Lunatic asylums Bombay report 1878-1890 - 1878-1890
Year: 1878
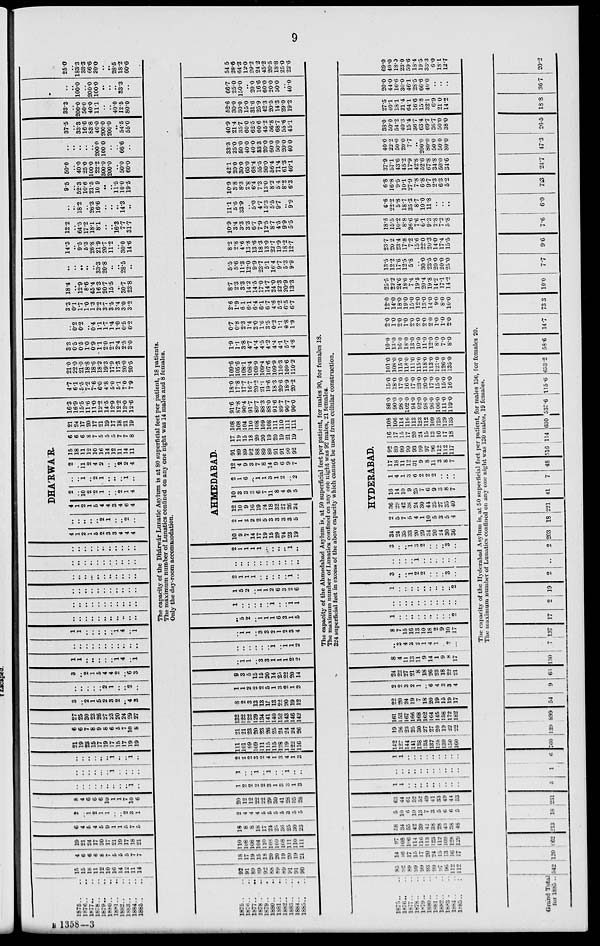
9
1875 .. ..
1876 .. ..
1877 .. ..
1878 .. ..
1879 .. ..
1880 .. ..
1881 .. ..
1882 .. ..
l883 .. ..
1884 .. ..
1885 .. ..
15
15
18
11
12
10
16
14
12
11
14
4
6
6
6
8
7
5
5
5
7
7
19
21
24
17
20
17
21
19
17
18
21
6
4
5
4
5
9
1
1
5
7
5
2
..
1
2
1
1
..
..
2
3
1
8
4
6
6
6
10
1
1
7
10
6
..
..
..
..
..
..
..
..
..
..
..
..
..
..
..
...
..
1 ..
..
..
..
..
..
..
..
..
..
l
..
..
1
..
21
19
23
15
17
19
17
15
17
19
19
6
6
7
8
9
8
6
5
7
10
8
27
25
30
23
26
27
23
20
24
29
27
3
..
2
1
5
2
3
2
.. 4
3
..
..
..
..
..
2
1
..
.. 2
..
3
..
2
1
5
4
4
2
..
6
3
1
1
..
..
..
..
..
1
4
..
1
..
..
..
..
..
..
..
..
..
..
..
1
1
..
..
..
..
..
1
4
..
1
..
..
..
..
..
..
..
..
..
..
..
..
..
..
..
..
..
..
..
..
..
..
..
..
..
..
..
..
..
..
..
..
..
..
..
..
..
..
..
..
..
..
..
..
..
..
..
..
..
..
..
..
..
..
..
..
..
..
..
..
..
..
..
..
..
..
4
1
2
1
5
2
3
3
4
4
4
..
..
..
..
..
2
1
..
.. 2
..
DHÁRWÁR.
4
1
2
1
5
4
4
3
4
6
4
2
..
10
2
2
1
..
..
2
1
4
..
..
1
..
2
1
..
..
..
1
..
2
..
11
2
4
2
..
..
2
2
4
15
18
11
12
10
16
14
12
11
14
11
6
6
6
8
7
5
5
5
7
7
8
21
24
17
20
17
21
19
17
18
21
19
16.3
16.9
15.5
11.6
11.0
12.2
14.5
12.9
12.2
13.0
12.6
4.7
6.1
5.5
7.2
7.6
6.0
4.8
5.0
5.1
7.0
7.9
21.0
22.0
21.0
18.8
18.6
18.2
19.3
17.9
17.3
20.0
20.5
3.3
0.5
0.5
1.0
0.9
1.1
2.0
2.1
2.4
2.5
3.0
..
0.2
0.2
..
0.4
1.1
1.7
1.4
1.0
0.5
0.2
3.3
0.1
1.7
1.0
1.3
2.2
3.7
3.5
3.4
3.0
3.2
18.4
..
12.9
8.6
45.4
16.3
20.7
15.5
..
30.7
23.8
..
..
..
..
..
33.3
20.8
..
..
28.5
..
14.3
..
9.5
5.3
26.8
21.9
20.7
11.2
..
30.0
14.6
12.2
..
64.5
17.2
18.1
8.1
..
..
16.3
7.7
31.7
..
..
18.2
..
26.3
16.6
..
..
..
14.3
..
9.5
..
52.3
10.6
21.5
10.9
..
..
11.5
10.0
19.5
50.0
..
40.0
25.0
100.0
22.2
300.0
200.0
..
50.0
60.0
..
..
..
..
..
200.0
100.0
..
..
66.6
..
37.5
..
33.3
16.6
83.8
40.0
200.0
200.0
..
54.5
55.0
33.3
..
200.0
50.0
40.0
11.1
..
..
40.0
12.5
80.0
..
..
100.0
..
200.0
100.0
..
..
..
33.3
..
25.0
..
183.3
33.3
66.6
20.0
..
..
28.5
18.2
60.6
The capacity of the Dhárwár Lunatic Asylum is at 80 superficial feet per patient, 18 patients.
The maximum number of Lunatics confined on any one night was 14 males and 8 females.
Only the day-room accommodation.
1875 .. ..
1876 .. ..
1877 .. ..
1878 .. ..
1879 .. ..
1880 .. ..
1881 .. ..
1882 .. ..
1883
..
..
1884 .. ..
1885 .. ..
92
91
89
89
92
88
89
89
91
91
90
18
17
19
15
18
20
20
19
20
19
21
110
108
108
104
110
108
109
108
111
110
111
18
8
8
18
17
24
25
36
25
30
23
2
4
4
4
5
5
5
5
3
5
5
20
12
12
22
22
29
30
41
28
35
28
1
2
2
2
2
3
1
3
3
1
3
1
..
..
1
..
1
..
..
1
..
..
2
2
2
3
2
4
1
3
4
1
3
111
101
99
109
111
115
115
128
119
122
116
21
21
23
20
23
26
25
24
24
24
26
132
122
122
129
134
141
140
152
143
146
142
8
2
3
13
13
15
13
22
20
19
12
1
1
2
2
2
5
1
3
2
1
2
9
3
5
15
15
20
14
25
22
20
14
..
1
1
..
3
3
1
1
1
2
2
..
..
..
..
..
..
1
..
1
1
2
..
1
1
..
3
3
2
1
2
3
4
..
5
2
..
1
1
1
6
3
1
5
1
..
..
..
..
..
1
..
..
1
1
1
5
2
..
1
1
2
6
3
2
6
2
1
1
1
..
..
..
..
..
1
..
..
..
..
..
..
..
..
..
..
..
..
2
1
1
1
1
..
..
..
..
1
..
AHMEDABAD.
10
9
7
14
17
19
15
29
24
23
19
2
1
2
2
2
5
3
3
3
3
5
12
10
9
16
19
24
18
32
27
26
24
10
3
3
3
6
7
11
8
4
9
5
2
1
6
..
1
1
3
1
2
..
2
12
4
9
3
7
8
14
9
6
9
7
91
89
89
92
88
89
89
91
91
90
92
17
19
15
18
20
20
19
20
19
21
19
108
108
104
110
108
109
108
111
110
111
111
91.6
87.8
90.4
91.7
89.7
88.3
88.0
91.6
89.7
90.7
90.0
18.0
17.8
17.7
16.7
20.2
21.1
19.6
18.3
206
18.9
20.2
109.6
105.6
108.1
108.4
109.9
109.4
107.6
109.9
110.3
109.6
110.2
1.9
1.1
3.8
4.7
4.4
4.5
4.2
4.4
4.1
5.7
4.8
0.7
0.8
2.3
1.4
2.0
1.6
3.5
0.2
1.1
0.8
1.9
2.6
1.9
6.1
6.1
6.4
6.1
6.7
4.6
5.2
6.5
6.7
8.7
2.3
3.3
14.2
14.5
17.0
14.7
24.0
22.3
20.9
13.3
5.5
5.6
11.3
12.0
9.9
23.7
5.1
16.4
9.7
5.3
9.9
8.2
2.8
4.6
13.8
13.6
18.3
13.0
22.7
19.9
18.2
12.7
10.9
3.4
3.3
3.3
6.7
7.9
12.5
8.7
4.5
9.9
5.5
11.1
5.6
33.9
..
5.0
4.7
15.3
5.5
9.7
..
9.9
10.9
3.8
8.3
2.8
6.4
7.3
13.0
8.2
5.4
8.2
6.3
42.1
20.0
30.0
65.0
68.4
55.5
50.0
56.4
71.4
61.3
46.1
33.3
25.0
50.0
40.0
40.0
83.3
20.0
60.0
50.0
20.0
40.0
40.9
21.4
35.7
60.0
62.5
60.6
45.2
56.8
68.7
55.6
45.1
52.6
30.0
30.0
15.0
31.6
25.9
42.3
20.5
14.3
29.0
19.2
66.7
25.0
150.0
..
20.0
16.6
60.0
20.0
50.0
..
40.0
54.5
28.6
64.3
12.0
29.2
24.2
45.2
20.5
18.8
25.0
22.6
The capacity of the Ahmedabad Asylum is, at 50 superficial feet per patient, for males 90, for females 18.
The maximum number of Lunatics confined on any one night was 92 males, 21 females.
324 superficial feet in excess of the above capacity which cannot be used from cellular construction.
1875 .. ..
1876 .. ..
1877 .. ..
1878 .. ..
1879 .. ..
1880 .. ..
1881 .. ..
1882 .. ..
1883 .. ..
1884 .. ..
1885 .. ..
83
92
89
99
99
93
99
97
96
112
112
14
16
17
15
17
20
24
15
13
16
17
97
108
106
114
116
113
123
112
109
128
129
58
34
55
42
39
42
38
28
43
38
48
5
10
6
10
13
7
3
5
6
6
5
63
44
61
52
52
49
41
33
49
44
53
1
1
..
..
..
..
..
..
..
..
..
..
..
..
..
..
..
..
..
..
..
..
1
1
..
..
..
..
..
..
..
..
..
142
127
144
141
138
135
137
125
139
150
160
19
26
23
25
30
27
27
20
19
22
22
161
153
167
166
168
162
164
145
158
172
182
22
20
24
19
7
18
20
19
15
19
17
2
2
3
2
1
..
6
4
3
3
4
24
22
27
21
8
18
26
23
18
22
21
8
4
11
13
11
9
14
1
9
8
17
..
3
4
3
2
1
4
1
..
2
..
8
7
15
16
13
10
18
2
9
10
17
1
..
..
..
..
..
..
..
..
..
2
..
..
..
..
..
..
..
..
..
..
..
1
..
..
..
..
..
..
..
..
..
2
3
..
..
1
2
2
..
..
..
3
..
..
..
..
..
1
..
..
..
..
..
..
3
..
..
1
3
2
..
..
..
3
..
HYDERABAD.
34
24
35
33
20
29
34
20
24
30
36
2
5
7
5
4
1
10
5
3
5
4
36
29
42
38
24
30
44
25
27
35
40
16
14
10
9
25
7
6
9
3
8
7
1
4
1
3
6
2
2
2
..
..
..
17
18
11
12
31
9
8
11
3
8
7
92
89
99
99
93
99
97
96
112
112
117
16
17
15
17
20
24
15
13
16
17
18
108
106
114
116
113
123
112
109
128
129
135
86.0
90.0
98.0
102.0
94.0
92.0
98.0
96.0
106.0
111.0
119.0
15.0
18.0
17.0
16.0
17.0
23.0
20.0
17.0
15.0
15.0
16.0
101.0
108.0
115.0
118.0
111.0
115.0
118.0
113.0
121.0
126.0
135.0
10.0
13.0
16.0
18.0
13.0
10.0
11.0
12.0
8.0
7.0
8.0
2.0
1.0
2.0
1.0
2.0
2.0
2.0
2.0
1.0
1.0
2.0
12.0
14.0
18.0
19.0
15.0
12.0
13.0
14.0
9.0
8.0
10.0
25.5
22.2
24.6
18.6
7.4
19.5
20.4
19.8
14.2
17.1
14.2
13.5
12.2
17.6
12.5
5.8
..
30.0
23.5
20.0
20.0
25.0
23.7
20.2
23.4
17.8
7.2
15.6
22.0
20.3
14.0
17.4
15.5
18.6
15.5
10.2
8.8
26.6
7.6
6.1
9.3
2.8
7.2
5.8
6.6
22.2
5.8
18.7
35.3
8.7
10.0
11.8
..
..
..
6.8
16.8
9.5
10.1
27.9
7.8
6.8
9.7
2.3
6.3
5.2
37.9
57.1
43.6
45.2
17.9
42.8
52.6
67.8
34.8
50.0
34.6
40.0
22.2
50.0
20.0
7.7
..
200.0
80.0
50.0
50.0
80.0
38.0
50.0
54.2
40.3
15.4
36.7
63.4
69.7
36.7
50.0
38.0
27.5
40.1
18.1
21.4
64.1
16.6
15.8
32.1
6.9
21.0
14.2
20.0
44.0
16.6
30.0
46.1
28.5
66.6
40.0
..
..
..
69.0
40.0
18.0
23.0
59.6
18.4
19.5
33.3
6.0
18.1
12.7
The capacity of the Hyderabad Asylum is, at 50 superficial feet per patient, for males 150, for females 20.
The maximum number of Lunatics. confined on any one night was 130 males, 19 females.
Grand Total
for 1855 .. 542 120 662 213 18 231 5 1 6 760 139 899 54
9 63
130
7 137 17
2
19
2
..
2 203 18
221
41
7 48 516 114 630 537.6 115.6 653.2 58.6
14.7
73.3 10.0 7.7
9.6
7.6
6.0
7.3
24.7 47.3 26.5 18.8 36.7 20.2
B 1358-3